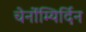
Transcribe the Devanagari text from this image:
चेर्नोम्यिर्दिन